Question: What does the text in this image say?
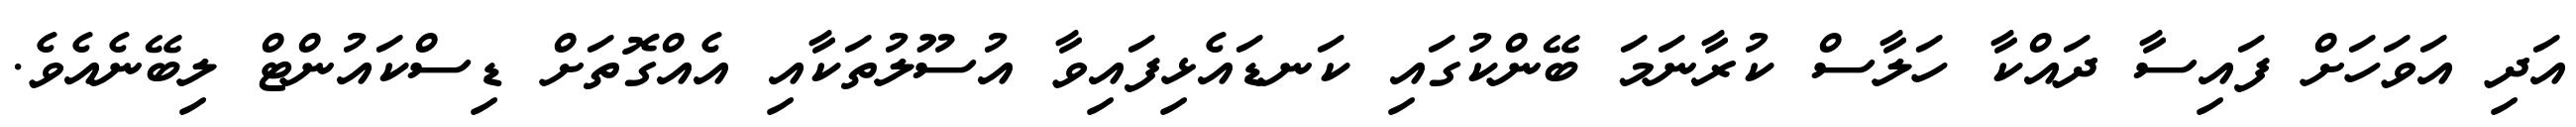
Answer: އަދި އަވަހަށް ފައިސާ ދައްކާ ހަލާސް ކުރާނަމަ ބޭންކުގައި ކަނޑައެޅިފައިވާ އުސޫލުތަކާއި އެއްގޮތަށް ޑިސްކައުންޓް ލިބޭނެއެވެ.